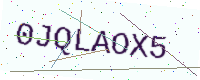
Text: 0JQLAOX5